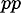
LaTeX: _{pp}